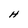
Character: H